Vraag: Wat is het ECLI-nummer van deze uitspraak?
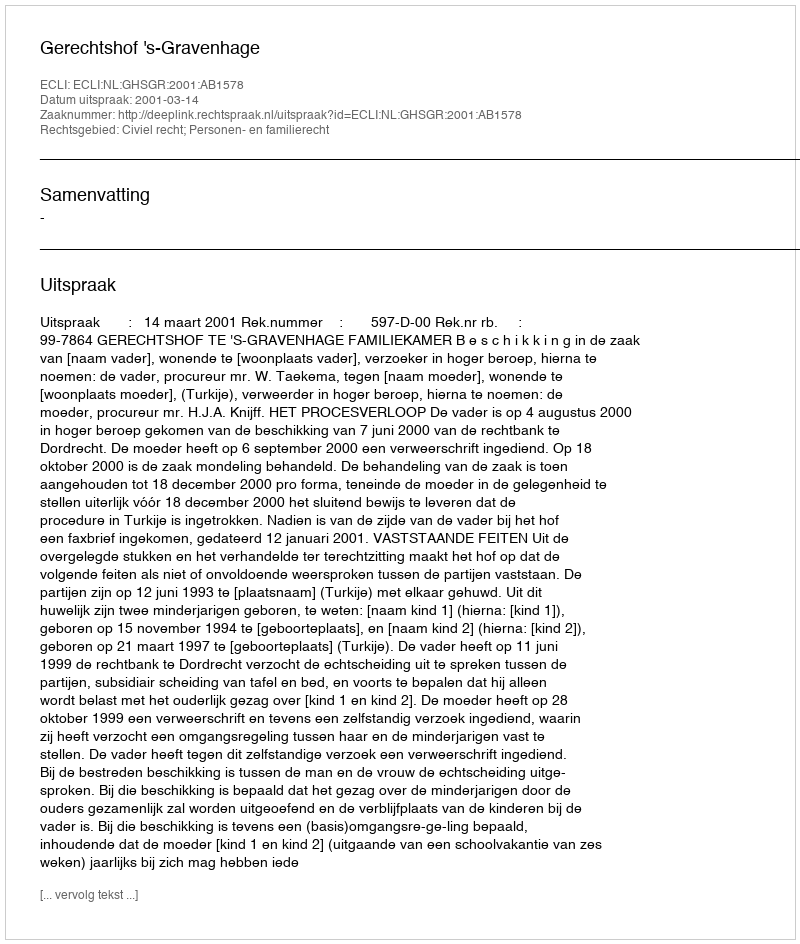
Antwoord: ECLI:NL:GHSGR:2001:AB1578